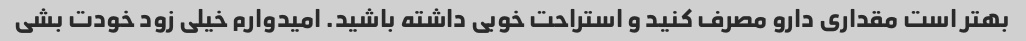
بهتر است مقداری دارو مصرف کنید و استراحت خوبی داشته باشید. امیدوارم خیلی زود خودت بشی